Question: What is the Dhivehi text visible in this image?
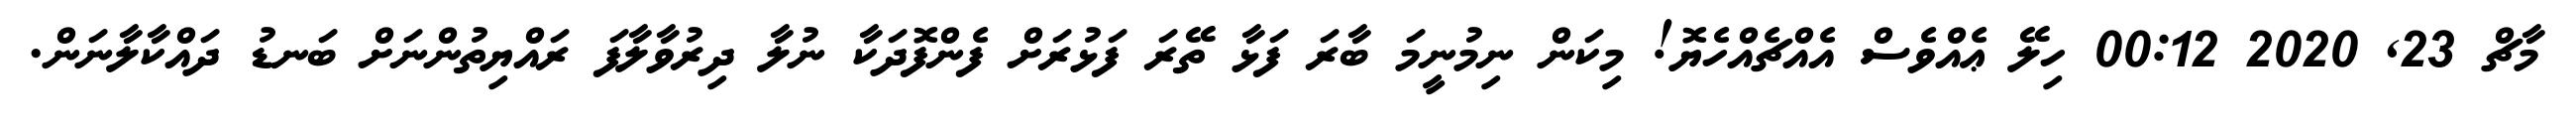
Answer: މާޗް 23, 2020 00:12 ހިލޭ ޢެއްވެސް އެއްޗެއްހެޔޮ! މިކަން ނިމުނީމަ ބާރަ ފަޅާ ތޭރަ ފަޅުރަށް ފެންފޮދަކާ ނުލާ ދިރުވާލާފަ ރައްޔިތުންނަށް ބަނޑު ދައްކާލާނަން.